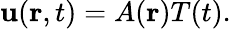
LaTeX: \mathbf{u}(\mathbf{{r}},t)=A(\mathbf{{r}})T(t).